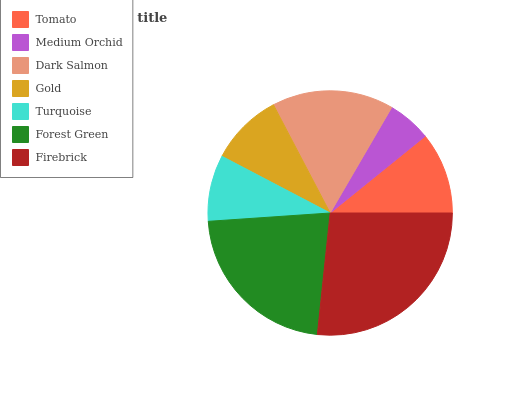
| Tomato | Medium Orchid | Dark Salmon | Gold | Turquoise | Forest Green | Firebrick |
 | --- | --- | --- | --- | --- | --- | --- |
 | 10.8% | 5.77% | 16.1% | 9.63% | 8.76% | 22.3% | 26.7% |